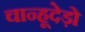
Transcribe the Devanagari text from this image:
चान्हूदेड़ो